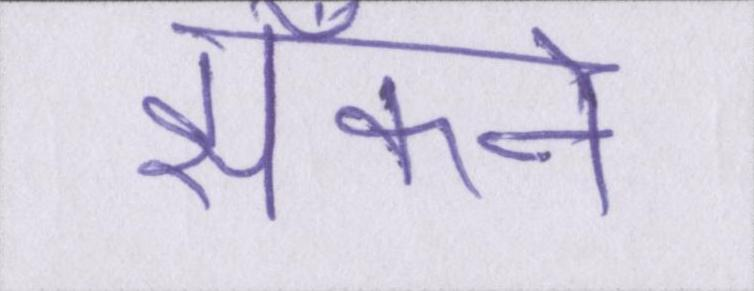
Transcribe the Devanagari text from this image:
झाँकने